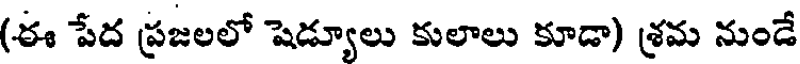
(ఈ పేద ప్రజలలో షెడ్యూలు కులాలు కూడా) శ్రమ నుండే